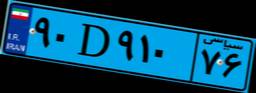
۹۰D۹۱۰۷۶